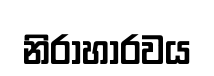
නිරාහාරවය